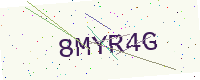
Text: 8MYR4G